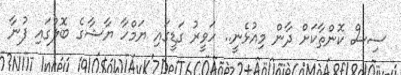
ސިސް ކޮންތާކަށް ދާން މިއުޅެނީ.. ހަވީރު ގަޑީގައި ޔަމްހާ ޔާޝާގެ ބޮލުގައި ފުނާ